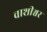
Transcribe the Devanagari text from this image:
वाशीश्वर